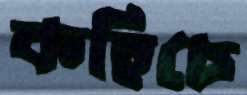
কহিচে